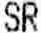
SR